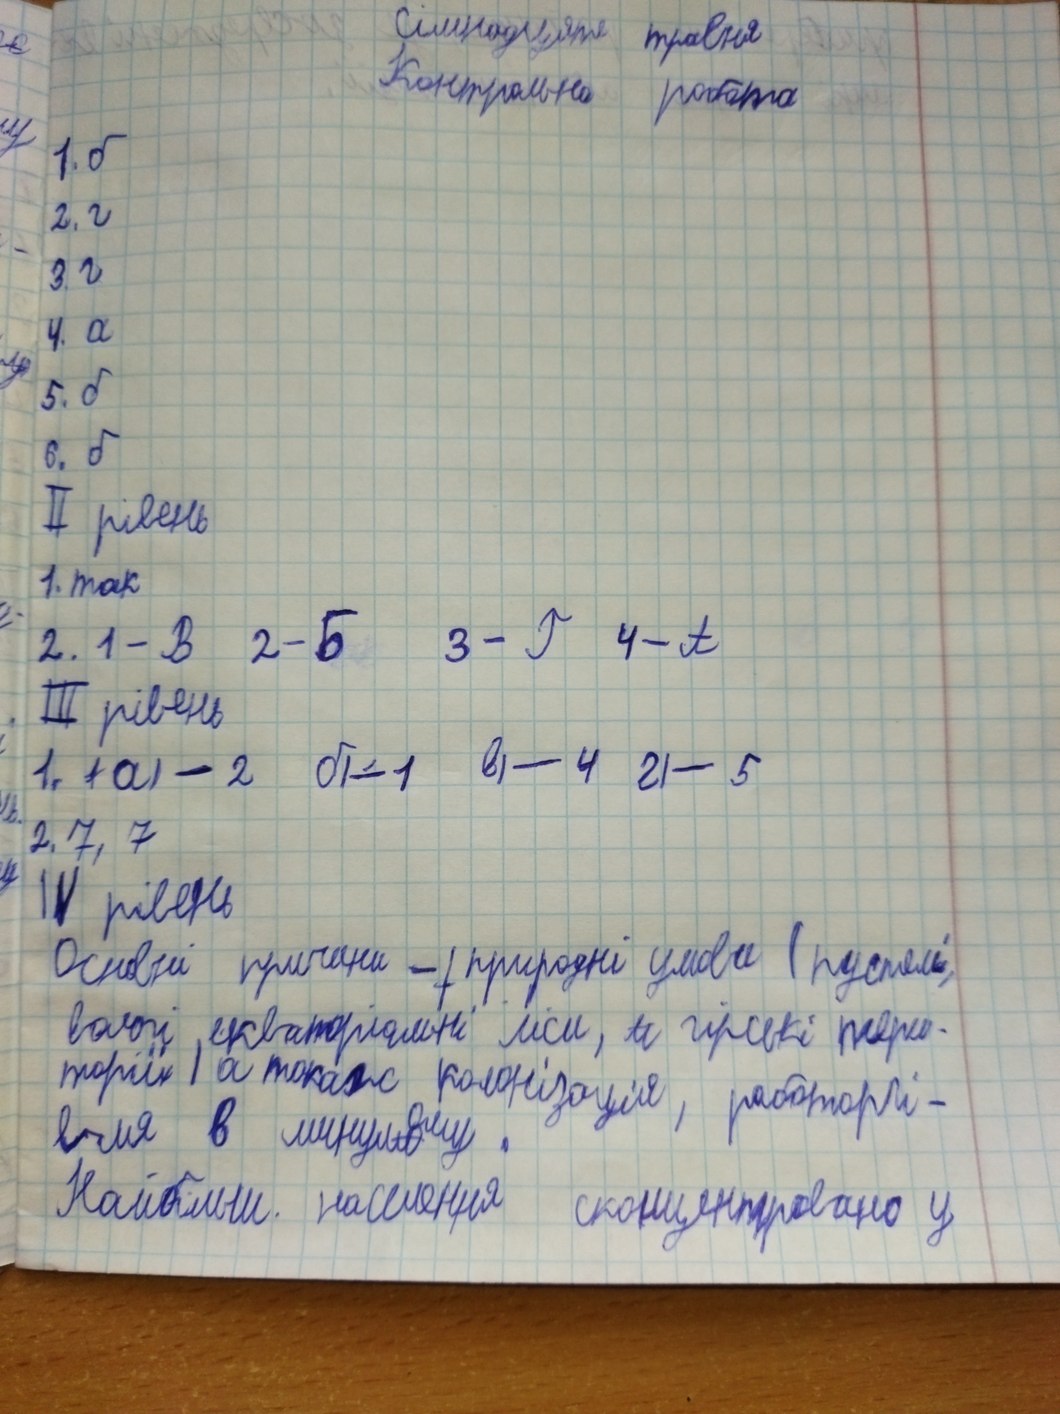
Сімнадцяте травня
Контрольна робота
1.б
2. г
3.г
4. a
5. б
6. δ
II рівень
1. так
2. 1 - В 2 - Б 3 - Г 4 - А
III рівень
1. ~~(~~ a) - 2 б) - 1 в) - 4 г) - 5
2, 7, 7
IV рівень
Основні причини - ~~(~~  природні умови (пустелі,
вологі екваторіальні ліси, ~~и~~ гірські тери-
торії) а також колонізація, работоргі-
гівля в минул~~а~~{о}му.
Наибольш. населения сконцентрировано у